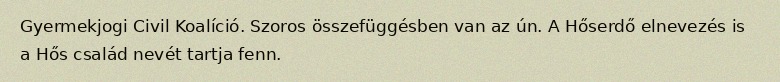
Gyermekjogi Civil Koalíció. Szoros összefüggésben van az ún. A Hőserdő elnevezés is a Hős család nevét tartja fenn.